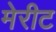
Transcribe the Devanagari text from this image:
मेरीट